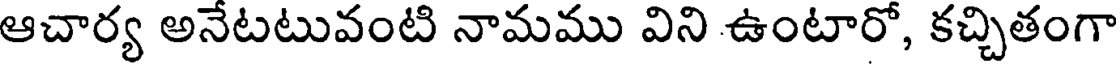
ఆచార్య అనేటటువంటి నామము విని ఉంటారో, కచ్చితంగా